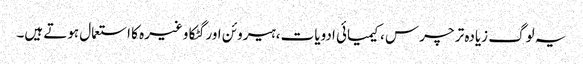
یہ لوگ زیادہ تر چرس ،کیمیائی ادویات ،ہیروئن اور گٹکا وغیرہ کا استعمال ہوتے ہیں۔